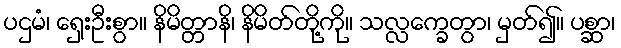
ပဌမံ၊ ရှေးဦးစွာ။ နိမိတ္တာနိ၊ နိမိတ်တို့ကို။ သလ္လက္ခေတွာ၊ မှတ်၍။ ပစ္ဆာ၊